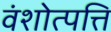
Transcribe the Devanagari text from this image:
वंशोत्पत्ति